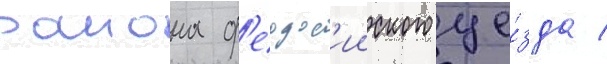
раиона ф'еодос'ииского уе́зда /